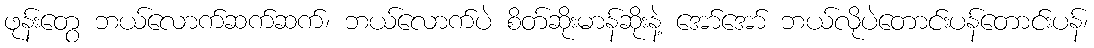
ဖုန်းတွေ ဘယ်လောက်ဆက်ဆက်၊ ဘယ်လောက်ပဲ စိတ်ဆိုးမာန်ဆိုးနဲ့ အော်အော် ဘယ်လိုပဲတောင်းပန်တောင်းပန်၊